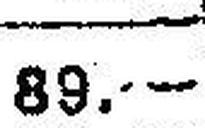
89.—